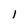
Character: l